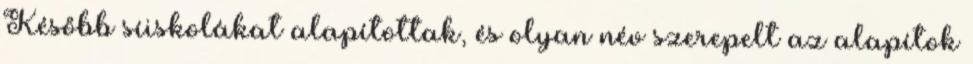
Később síiskolákat alapítottak, és olyan név szerepelt az alapítok